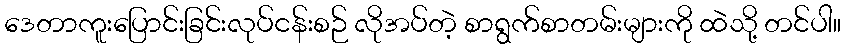
ဒေတာကူးပြောင်းခြင်းလုပ်ငန်းစဉ် လိုအပ်တဲ့ စာရွက်စာတမ်းများကို ထဲသို့ တင်ပါ။